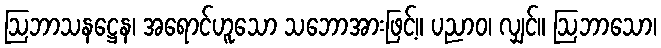
ဩဘာသနဋ္ဌေန၊ အရောင်ဟူသော သဘောအားဖြင့်။ ပညာဝ၊ လျှင်။ ဩဘာသော၊